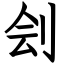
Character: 刽